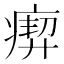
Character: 𤸞